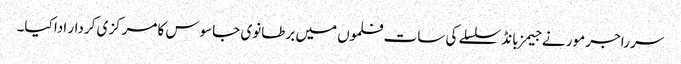
سر راجر مور نے جیمز بانڈ سلسلے کی سات فلموں میں برطانوی جاسوس کا مرکزی کردار ادا کیا۔